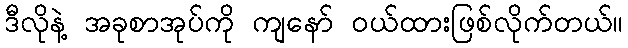
ဒီလိုနဲ့ အခုစာအုပ်ကို ကျနော် ဝယ်ထားဖြစ်လိုက်တယ်။